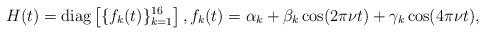
LaTeX: \begin{align*}H(t) = \textrm{diag}\left[\{f_k(t)\}_{k=1}^{16}\right], f_k(t) = \alpha_k + \beta_k \cos(2\pi \nu t) + \gamma_k \cos(4\pi \nu t),\end{align*}